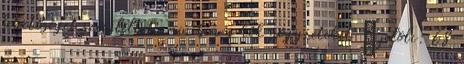
lehetőséget szemléltet, amiben a kék négyzeteket Х jelöli: 68